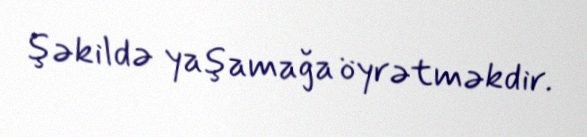
şəkildə yaşamağa öyrətməkdir.